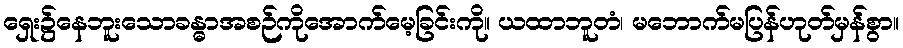
ရှေး၌နေဘူးသောခန္ဓာအစဉ်ကိုအောက်မေ့ခြင်းကို။ ယထာဘူတံ၊ မဘောက်မပြန်ဟုတ်မှန်စွာ။